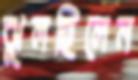
ঝুলছিলেন